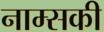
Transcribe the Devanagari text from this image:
नाम्सकी